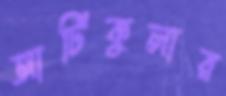
আর্টিকুলার